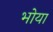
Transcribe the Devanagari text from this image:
भोया